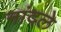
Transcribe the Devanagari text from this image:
नांदले